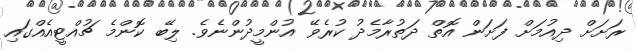
ރަށަށް ދިއުމަށް ފަށަން އޮތް ދަތުރާމެދު ކުރެވޭ އުންމީދުންނެވެ. ލިބޭ ކޮންމެ ޗުއްޓީއެއްގައި